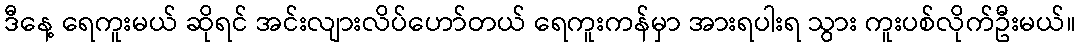
ဒီနေ့ ရေကူးမယ် ဆိုရင် အင်းလျားလိပ်ဟော်တယ် ရေကူးကန်မှာ အားရပါးရ သွား ကူးပစ်လိုက်ဦးမယ်။